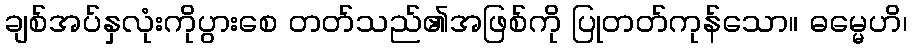
ချစ်အပ်နှလုံးကိုပွားစေ တတ်သည်၏အဖြစ်ကို ပြုတတ်ကုန်သော။ ဓမ္မေဟိ၊